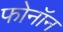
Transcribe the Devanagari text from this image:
फोनॉन